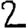
Digit: 2